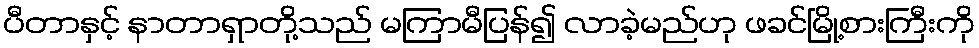
ပီတာနှင့် နာတာရှာတို့သည် မကြာမီပြန်၍ လာခဲ့မည်ဟု ဖခင်မြို့စားကြီးကို